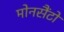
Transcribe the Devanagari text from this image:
मोनसैंटो